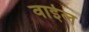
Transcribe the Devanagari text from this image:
वाईल